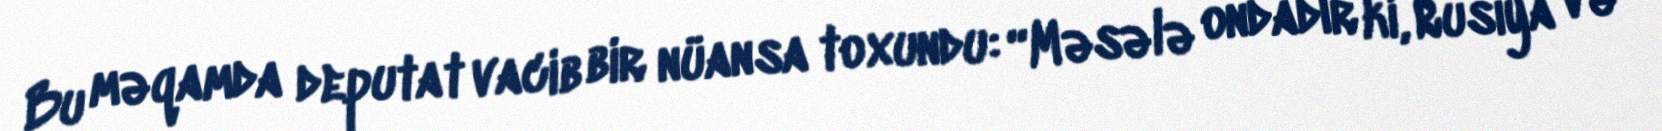
Bu məqamda deputat vacib bir nüansa toxundu: “Məsələ ondadır ki, Rusiya və